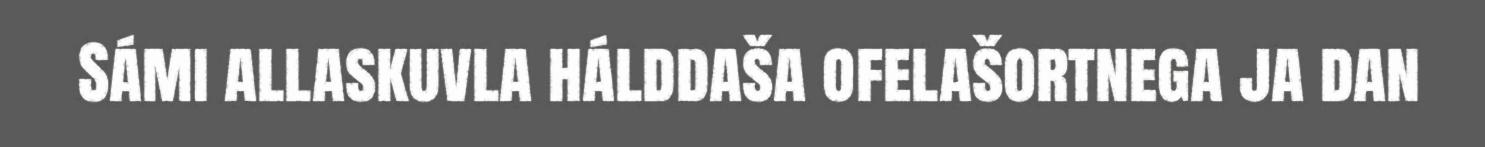
Sámi allaskuvla hálddaša ofelašortnega ja dan